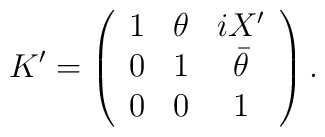
K^\prime=\left(\begin{array}{ccc}1&\theta&i X^\prime\\0&1&\bar\theta\\0&0&1\end{array}\right).